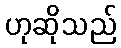
ဟုဆိုသည်